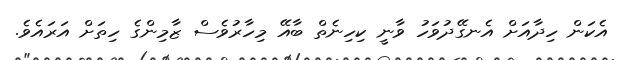
އެކަން ހިދާއަށް އެނގޭދުވަހު ވާނީ ކިހިނެތް ބާއޭ މިހާރުވެސް ޒާމިންގެ ހިތަށް އަރައެވެެ.